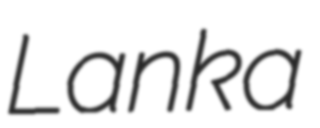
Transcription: Lanka